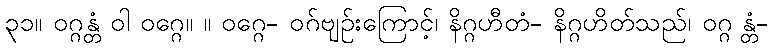
၃၁။ ဝဂ္ဂန္တံ ဝါ ဝဂ္ဂေ။ ။ ဝဂ္ဂေ- ဝဂ်ဗျဉ်းကြောင့်၊ နိဂ္ဂဟီတံ- နိဂ္ဂဟိတ်သည်၊ ဝဂ္ဂ န္တံ-